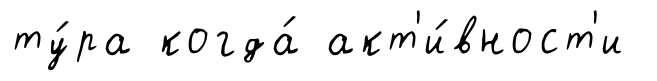
ту́ра когда́ акт'и́вност'и